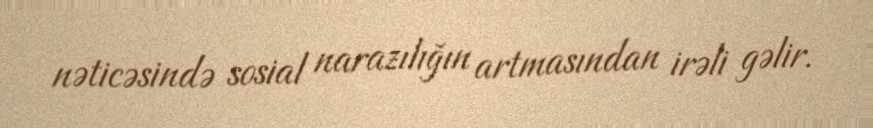
nəticəsində sosial narazılığın artmasından irəli gəlir.